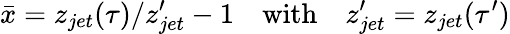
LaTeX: \bar{x}=z_{jet}(\tau)/z_{jet}^{\prime}-1\quad\mathrm{with}\quad z_{jet}^{\prime}=z_{jet}(\tau^{\prime})